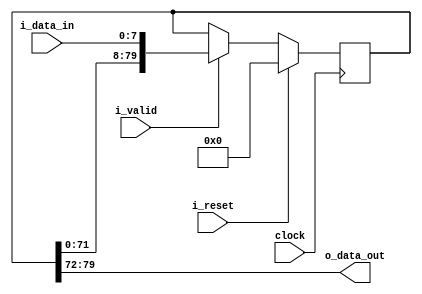
/*------------------------------------------------------------------------------
 -- Project     : CL40GC
 -------------------------------------------------------------------------------
 -- File        : common_fix_delay_line.v
 -- Author      : Ramiro R. Lopez
 -- Originator  : Clariphy Argentina S.A.
 -- Date        : 2010-Mar-27
 --
 -- Rev 0       : Initial release. RRL.
 -- Rev 1       : 20121107. Changed port declaration style.
 --
 -- $Id: common_fix_delay_line_w_valid.v 10343 2017-01-09 18:17:22Z gbarbiani $
 -------------------------------------------------------------------------------
 -- Description : .
 -------------------------------------------------------------------------------
 -- Copyright (C) 2009 ClariPhy Argentina S.A.  All rights reserved 
 ------------------------------------------------------------------------------*/

//`timescale  1ns/1ps

module common_fix_delay_line_w_valid
#(
    // PARAMETERS.
    parameter                               NB_DATA     = 8,
    parameter                               DELAY       = 10
)
(
    // OUTPUTS.
    output  wire    [NB_DATA-1:0]           o_data_out,

    // INPUTS.
    input   wire    [NB_DATA-1:0]           i_data_in,
    input   wire                            i_valid,
    input   wire                            i_reset,
    input   wire                            clock
);


    /*// BEGIN: Quick instance
    common_fix_delay_line_w_valid
    #(
        .NB_DATA        (  ),
        .DELAY          (  )
    )
    u_common_fix_delay_line_w_valid
    (
        .o_data_out     (  ),
        .i_data_in      (  ),
        .i_valid        (  ),
        .i_reset        (  ),
        .clock          (  )
    ) ;
    // END: Quick instance.*/



    // ALGORITHM BEGIN.


    generate
    //begin : gen_delay // Removed begin/end for synopsys...

        if ( DELAY <= 0 )
        begin : genif_0_delay

            assign  o_data_out  = i_data_in;

        end // genif_0_delay

        else if ( DELAY == 1 )
        begin : genif_1_delay

            reg             [NB_DATA-1:0]           delay_l;

            always @( posedge clock )
                if ( i_reset )
                    delay_l <= { NB_DATA {1'b0} };
                else if ( i_valid )
                    delay_l <= i_data_in;

            assign  o_data_out  = delay_l;

        end // genif_1_delay

        else if ( DELAY > 1 )
        begin : genif_no_01_delay

            reg             [DELAY*NB_DATA-1:0]     delay_l;

            always @( posedge clock )
                if ( i_reset )
                    delay_l <= { DELAY*NB_DATA {1'b0} };
                else if ( i_valid )
                    delay_l <= { delay_l[ DELAY*NB_DATA-1-NB_DATA : 0 ], i_data_in };

            assign  o_data_out  = delay_l[ DELAY*NB_DATA-1 -: NB_DATA ];

        end // genif_no_01_delay

    //end // gen_delay
    endgenerate


endmodule // common_fix_delay_line_w_valid